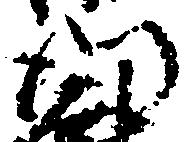
門